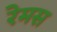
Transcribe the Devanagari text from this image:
रेमस